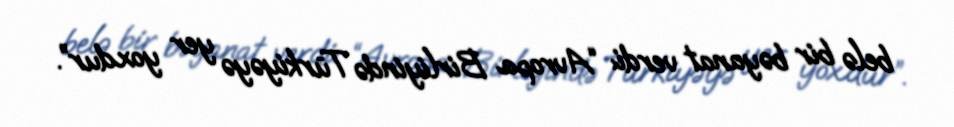
belə bir bəyanat verdi: “Avropa Birliyində Türkiyəyə yer yoxdur”.